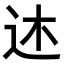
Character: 𫐠